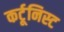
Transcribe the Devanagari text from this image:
कर्टूनिस्ट